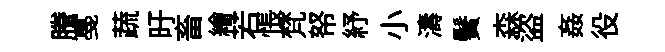
謄戞蔬旴畜繪若悵梵帑紓小濤鬢森盜姦役